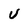
Character: U